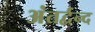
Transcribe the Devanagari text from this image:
अंतर्द्वन्द